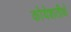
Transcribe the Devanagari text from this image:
कोयेशतीर्थ